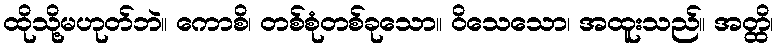
ထိုသို့မဟုတ်ဘဲ။ ကောစိ၊ တစ်စုံတစ်ခုသော။ ဝိသေသော၊ အထူးသည်။ အတ္ထိ၊